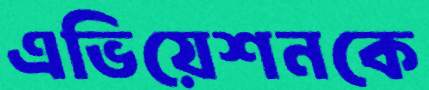
এভিয়েশনকে